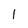
Character: 1